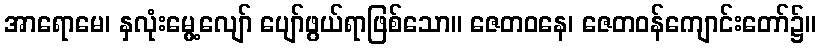
အာရောမေ၊ နှလုံးမွေ့လျော် ပျော်ဖွယ်ရာဖြစ်သော။ ဇေတဝနေ၊ ဇေတဝန်ကျောင်းတော်၌။